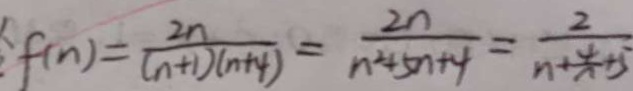
f ( n ) = \frac { 2 n } { ( n + 1 ) ( n + 4 ) } = \frac { 2 n } { n ^ { 2 } + 5 n + 4 } = \frac { 2 } { n + \frac { 4 } { n } + 5 }